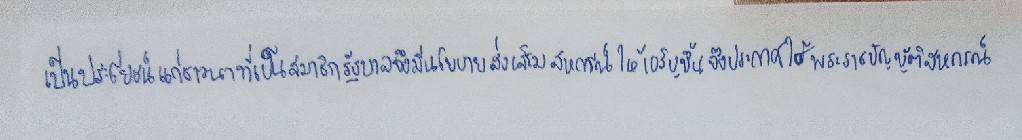
เป็นประโยชน์แก่ชาวนาที่เป็นสมาชิกรัฐบาลจึงมีนโยบายส่งเสริมสหกรณ์ให้เจริญขึ้นจึงประกาศใช้พระราชบัญญัติสหกรณ์